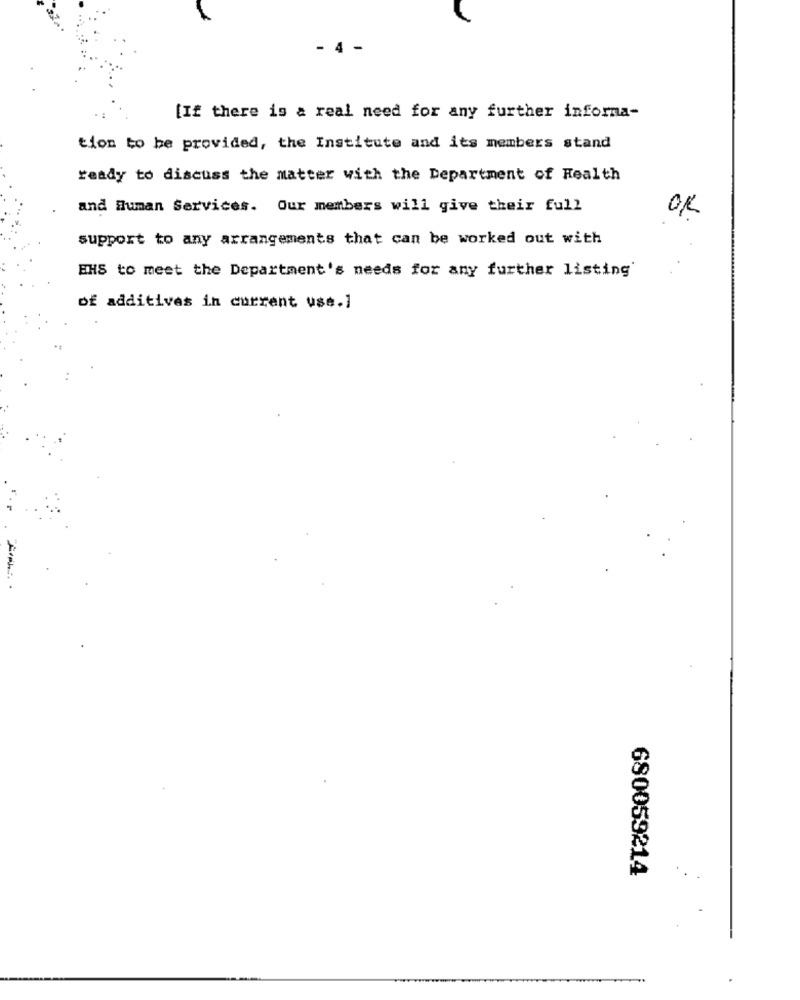
[If there is a real need for any further informa-
tion to be provided, the Institute and its members stand
ready to discuss the matter with the Department of Health
and Human Services. Our members will give their full
OK
support to any arrangements that can be worked out with
EHS to meet the Department's needs for any further listing
of additives in current use.1
680059214